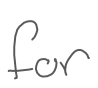
Text: for
Cross-out: clean
Writing tool: digital_gray